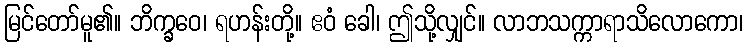
မြင်တော်မူ၏။ ဘိက္ခဝေ၊ ရဟန်းတို့။ ဧဝံ ခေါ၊ ဤသို့လျှင်။ လာဘသက္ကာရာသိလောကော၊